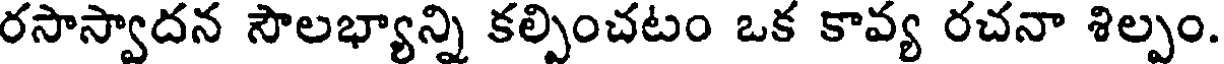
రసాస్వాదన సౌలభ్యాన్ని కల్పించటం ఒక కావ్య రచనా శిల్పం.